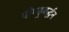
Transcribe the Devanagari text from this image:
पौण्ड्रबर्द्धन